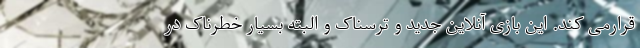
قرارمی کند. این بازی آنلاین جدید و ترسناک و البته بسیار خطرناک در